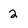
Character: 2